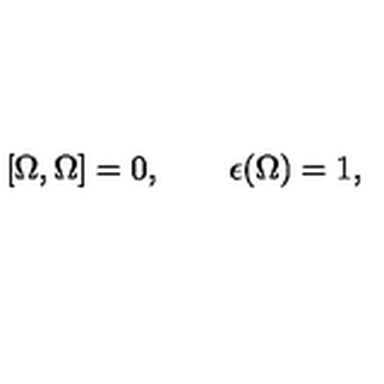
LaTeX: [ \Omega , \Omega ] = 0 , \qquad \epsilon ( \Omega ) = 1 ,